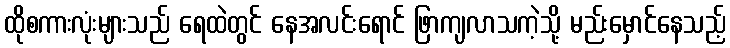
ထိုစကားလုံးများသည် ရေထဲတွင် နေအလင်းရောင် ဖြာကျလာသကဲ့သို့ မည်းမှောင်နေသည့်